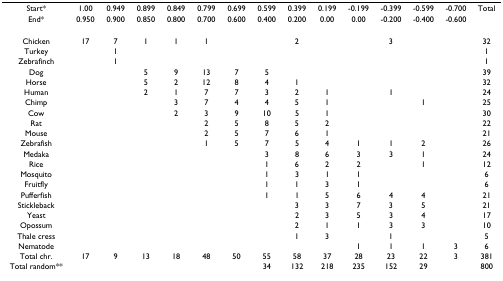
<table><thead><tr><td><b>Start*</b></td><td><b>1.00</b></td><td><b>0.949</b></td><td><b>0.899</b></td><td><b>0.849</b></td><td><b>0.799</b></td><td><b>0.699</b></td><td><b>0.599</b></td><td><b>0.399</b></td><td><b>0.199</b></td><td><b>-0.199</b></td><td><b>-0.399</b></td><td><b>-0.599</b></td><td><b>-0.700</b></td><td><b>Total</b></td></tr><tr><td><b>End*</b></td><td><b>0.950</b></td><td><b>0.900</b></td><td><b>0.850</b></td><td><b>0.800</b></td><td><b>0.700</b></td><td><b>0.600</b></td><td><b>0.400</b></td><td><b>0.200</b></td><td><b>0.00</b></td><td><b>0.00</b></td><td><b>-0.200</b></td><td><b>-0.400</b></td><td><b>-0.600</b></td><td></td></tr></thead><tbody><tr><td>Chicken</td><td>17</td><td>7</td><td>1</td><td>1</td><td>1</td><td></td><td></td><td>2</td><td></td><td></td><td>3</td><td></td><td></td><td>32</td></tr><tr><td>Turkey</td><td></td><td>1</td><td></td><td></td><td></td><td></td><td></td><td></td><td></td><td></td><td></td><td></td><td></td><td>1</td></tr><tr><td>Zebrafinch</td><td></td><td>1</td><td></td><td></td><td></td><td></td><td></td><td></td><td></td><td></td><td></td><td></td><td></td><td>1</td></tr><tr><td>Dog</td><td></td><td></td><td>5</td><td>9</td><td>13</td><td>7</td><td>5</td><td></td><td></td><td></td><td></td><td></td><td></td><td>39</td></tr><tr><td>Horse</td><td></td><td></td><td>5</td><td>2</td><td>12</td><td>8</td><td>4</td><td>1</td><td></td><td></td><td></td><td></td><td></td><td>32</td></tr><tr><td>Human</td><td></td><td></td><td>2</td><td>1</td><td>7</td><td>7</td><td>3</td><td>2</td><td>1</td><td></td><td>1</td><td></td><td></td><td>24</td></tr><tr><td>Chimp</td><td></td><td></td><td></td><td>3</td><td>7</td><td>4</td><td>4</td><td>5</td><td>1</td><td></td><td></td><td>1</td><td></td><td>25</td></tr><tr><td>Cow</td><td></td><td></td><td></td><td>2</td><td>3</td><td>9</td><td>10</td><td>5</td><td>1</td><td></td><td></td><td></td><td></td><td>30</td></tr><tr><td>Rat</td><td></td><td></td><td></td><td></td><td>2</td><td>5</td><td>8</td><td>5</td><td>2</td><td></td><td></td><td></td><td></td><td>22</td></tr><tr><td>Mouse</td><td></td><td></td><td></td><td></td><td>2</td><td>5</td><td>7</td><td>6</td><td>1</td><td></td><td></td><td></td><td></td><td>21</td></tr><tr><td>Zebrafish</td><td></td><td></td><td></td><td></td><td>1</td><td>5</td><td>7</td><td>5</td><td>4</td><td>1</td><td>1</td><td>2</td><td></td><td>26</td></tr><tr><td>Medaka</td><td></td><td></td><td></td><td></td><td></td><td></td><td>3</td><td>8</td><td>6</td><td>3</td><td>3</td><td>1</td><td></td><td>24</td></tr><tr><td>Rice</td><td></td><td></td><td></td><td></td><td></td><td></td><td>1</td><td>6</td><td>2</td><td>2</td><td></td><td>1</td><td></td><td>12</td></tr><tr><td>Mosquito</td><td></td><td></td><td></td><td></td><td></td><td></td><td>1</td><td>3</td><td>1</td><td>1</td><td></td><td></td><td></td><td>6</td></tr><tr><td>Fruitfly</td><td></td><td></td><td></td><td></td><td></td><td></td><td>1</td><td>1</td><td>3</td><td>1</td><td></td><td></td><td></td><td>6</td></tr><tr><td>Pufferfish</td><td></td><td></td><td></td><td></td><td></td><td></td><td>1</td><td>1</td><td>5</td><td>6</td><td>4</td><td>4</td><td></td><td>21</td></tr><tr><td>Stickleback</td><td></td><td></td><td></td><td></td><td></td><td></td><td></td><td>3</td><td>3</td><td>7</td><td>3</td><td>5</td><td></td><td>21</td></tr><tr><td>Yeast</td><td></td><td></td><td></td><td></td><td></td><td></td><td></td><td>2</td><td>3</td><td>5</td><td>3</td><td>4</td><td></td><td>17</td></tr><tr><td>Opossum</td><td></td><td></td><td></td><td></td><td></td><td></td><td></td><td>2</td><td>1</td><td>1</td><td>3</td><td>3</td><td></td><td>10</td></tr><tr><td>Thale cress</td><td></td><td></td><td></td><td></td><td></td><td></td><td></td><td>1</td><td>3</td><td></td><td>1</td><td></td><td></td><td>5</td></tr><tr><td>Nematode</td><td></td><td></td><td></td><td></td><td></td><td></td><td></td><td></td><td></td><td>1</td><td>1</td><td>1</td><td>3</td><td>6</td></tr><tr><td>Total chr.</td><td>17</td><td>9</td><td>13</td><td>18</td><td>48</td><td>50</td><td>55</td><td>58</td><td>37</td><td>28</td><td>23</td><td>22</td><td>3</td><td>381</td></tr><tr><td>Total random**</td><td></td><td></td><td></td><td></td><td></td><td></td><td>34</td><td>132</td><td>218</td><td>235</td><td>152</td><td>29</td><td></td><td>800</td></tr></tbody></table>